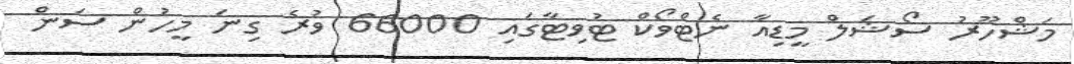
މަޝްހޫރު ސޯޝަލް މީޑިއާ ނެޓްވޯކް ޓުވިޓާގައި 66000 ވުރެ ގިނަ މީހުން ސަން